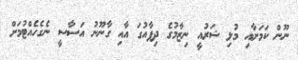
ނޫން ކަމަށާއި މުޅި ޝަރުއީ ނިޒާމުގެ ދިފާއުގަ އާއި ގާނޫނު އަސާސީ ނެގެހެއްޓުމަށް